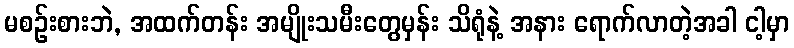
မစဉ်းစားဘဲ, အထက်တန်း အမျိုးသမီးတွေမှန်း သိရုံနဲ့ အနား ရောက်လာတဲ့အခါ ငါ့မှာ